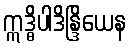
ဣဒ္ဓိပါဒိန္ဒြိယေန